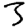
Digit: 3